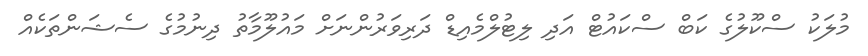
މުލަކު ސްކޫލުގެ ކަބް ސްކައުޓް އަދި ލިޓުލްމެއިޑް ދަރިވަރުންނަށް މައުލޫމާތު ދިނުމުގެ ސެޝަންތަކެއް